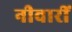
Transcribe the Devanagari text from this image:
नीवारीं